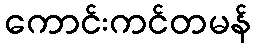
ကောင်းကင်တမန်